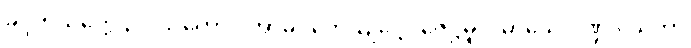
ခုဒ္ဒကသတ္ထေ ဥပါသကောဝ အာဓိပတေယျဋ္ဌော ဇေဋ္ဌမူလမာသေ ပိဏ္ဍဒါယကာ